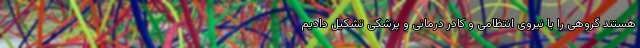
هستند گروهی را با نیروی انتظامی و کادر درمانی و پزشکی تشکیل دادیم